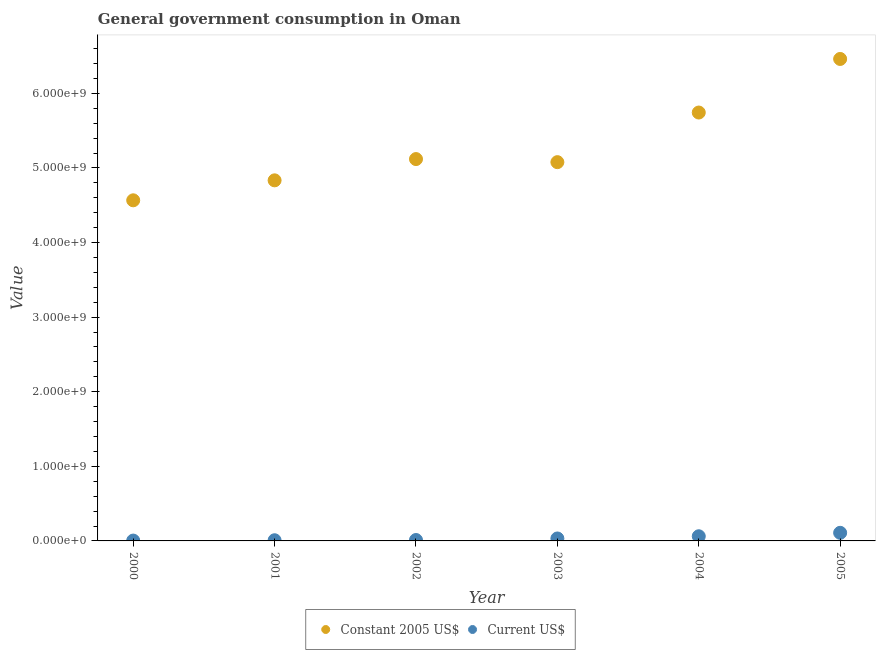
| Year | Constant 2005 US$ | Current US$ |
 | --- | --- | --- |
 | 2000 | 4.57e+09 | 4.69e+06 |
 | 2001 | 4.83e+09 | 9.12e+06 |
 | 2002 | 5.12e+09 | 1.22e+07 |
 | 2003 | 5.08e+09 | 3.29e+07 |
 | 2004 | 5.74e+09 | 6.26e+07 |
 | 2005 | 6.46e+09 | 1.09e+08 |